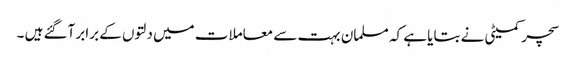
سچر کمیٹی نے بتایا ہے کہ مسلمان بہت سے معاملات میں دلتوں کے برابر آگئے ہیں ۔